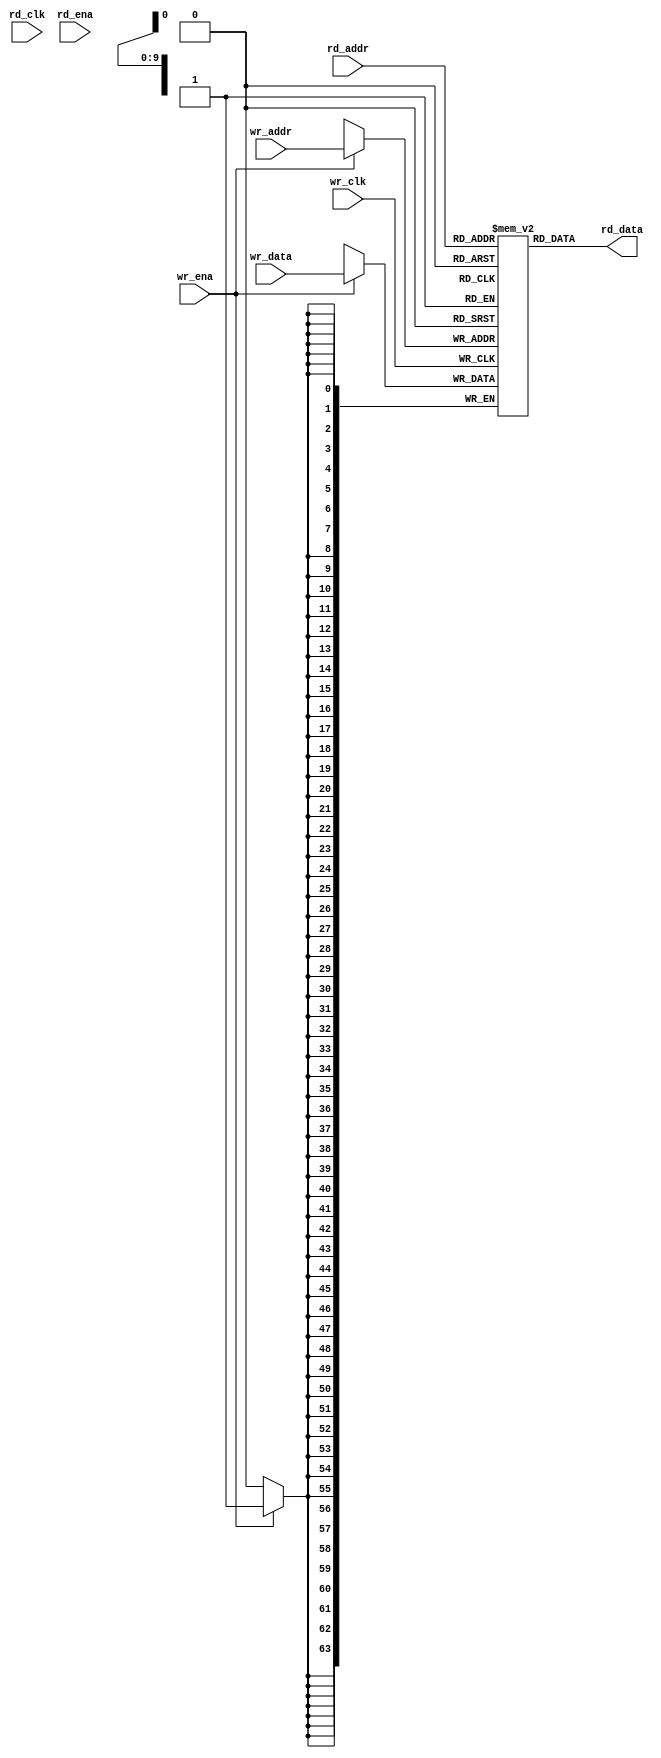
`timescale 1ps/1ps
//`define VENDORRAM
module ram
  #(
    parameter addr_width = 10,
    parameter data_width = 64
    )
   (
    input 		    wr_clk,
    input 		    wr_ena,
    input [data_width-1:0]  wr_data,
    input [addr_width-1:0]  wr_addr,
    input [addr_width-1:0]  rd_addr,
    input 		    rd_clk,
    input 		    rd_ena,

    output [data_width-1:0] rd_data
    );
   localparam ram_depth = 2**addr_width;

`ifdef VENDORRAM

          RAMB36E1 #(
          // Address Collision Mode: "PERFORMANCE" or "DELAYED_WRITE"
          .RDADDR_COLLISION_HWCONFIG("DELAYED_WRITE"),
          // Collision check: Values ("ALL", "WARNING_ONLY", "GENERATE_X_ONLY" or "NONE")
          .SIM_COLLISION_CHECK("ALL"),
          // DOA_REG, DOB_REG: Optional output register (0 or 1)
          .DOA_REG(0),
          .DOB_REG(0),
          .EN_ECC_READ("FALSE"),                                                            // Enable ECC decoder,
                                                                                            // FALSE, TRUE
          .EN_ECC_WRITE("FALSE"),                                                           // Enable ECC encoder,
                                                                                            // FALSE, TRUE
          // INIT_A, INIT_B: Initial values on output ports
          .INIT_A(36'h0),
          .INIT_B(36'h0),
          // Initialization File: RAM initialization file
          .INIT_FILE("NONE"),
          // RAM Mode: "SDP" or "TDP"
          .RAM_MODE("SDP"),
          // RAM_EXTENSION_A, RAM_EXTENSION_B: Selects cascade mode ("UPPER", "LOWER", or "NONE")
          .RAM_EXTENSION_A("NONE"),
          .RAM_EXTENSION_B("NONE"),
          // READ_WIDTH_A/B, WRITE_WIDTH_A/B: Read/write width per port
          .READ_WIDTH_A(72),                                                                 // 0-72
          .READ_WIDTH_B(36),                                                                 // 0-36
          .WRITE_WIDTH_A(36),                                                                // 0-36
          .WRITE_WIDTH_B(72),                                                                // 0-72
          // RSTREG_PRIORITY_A, RSTREG_PRIORITY_B: Reset or enable priority ("RSTREG" or "REGCE")
          .RSTREG_PRIORITY_A("RSTREG"),
          .RSTREG_PRIORITY_B("RSTREG"),
          // SRVAL_A, SRVAL_B: Set/reset value for output
          .SRVAL_A(36'h000000000),
          .SRVAL_B(36'h000000000),
          // Simulation Device: Must be set to "7SERIES" for simulation behavior
          .SIM_DEVICE("7SERIES"),
          // WriteMode: Value on output upon a write ("WRITE_FIRST", "READ_FIRST", or "NO_CHANGE")
          .WRITE_MODE_A("WRITE_FIRST"),
          .WRITE_MODE_B("WRITE_FIRST")
       )
       RAMB36E1_inst (
          // Cascade Signals: 1-bit (each) output: BRAM cascade ports (to create 64kx1)
          .CASCADEOUTA(),     // 1-bit output: A port cascade
          .CASCADEOUTB(),     // 1-bit output: B port cascade
          // ECC Signals: 1-bit (each) output: Error Correction Circuitry ports
          .DBITERR(),             // 1-bit output: Double bit error status
          .ECCPARITY(),         // 8-bit output: Generated error correction parity
          .RDADDRECC(),         // 9-bit output: ECC read address
          .SBITERR(),             // 1-bit output: Single bit error status
          // Port A Data: 32-bit (each) output: Port A data
          .DOADO(rd_data[31:0]),                 // 32-bit output: A port data/LSB data
          .DOPADOP(),             // 4-bit output: A port parity/LSB parity
          // Port B Data: 32-bit (each) output: Port B data
          .DOBDO(rd_data[63:32]),                 // 32-bit output: B port data/MSB data
          .DOPBDOP(),             // 4-bit output: B port parity/MSB parity
          // Cascade Signals: 1-bit (each) input: BRAM cascade ports (to create 64kx1)
          .CASCADEINA(),       // 1-bit input: A port cascade
          .CASCADEINB(),       // 1-bit input: B port cascade
          // ECC Signals: 1-bit (each) input: Error Correction Circuitry ports
          .INJECTDBITERR(), // 1-bit input: Inject a double bit error
          .INJECTSBITERR(), // 1-bit input: Inject a single bit error
          // Port A Address/Control Signals: 16-bit (each) input: Port A address and control signals (read port
          // when RAM_MODE="SDP")
          .ADDRARDADDR(rd_addr),     // 16-bit input: A port address/Read address
          .CLKARDCLK(rd_clk),         // 1-bit input: A port clock/Read clock
          .ENARDEN(rd_ena),             // 1-bit input: A port enable/Read enable
          .REGCEAREGCE(1'b0),     // 1-bit input: A port register enable/Register enable
          .RSTRAMARSTRAM(1'b0), // 1-bit input: A port set/reset
          .RSTREGARSTREG(1'b0), // 1-bit input: A port register set/reset
          .WEA(1'b0),                     // 4-bit input: A port write enable
          // Port A Data: 32-bit (each) input: Port A data
          .DIADI(wr_data[31:0]),                 // 32-bit input: A port data/LSB data
          .DIPADIP(),             // 4-bit input: A port parity/LSB parity
          // Port B Address/Control Signals: 16-bit (each) input: Port B address and control signals (write port
          // when RAM_MODE="SDP")
          .ADDRBWRADDR(wr_addr),     // 16-bit input: B port address/Write address
          .CLKBWRCLK(wr_clk),         // 1-bit input: B port clock/Write clock
          .ENBWREN(wr_ena),             // 1-bit input: B port enable/Write enable
          .REGCEB(1'b0),               // 1-bit input: B port register enable
          .RSTRAMB(1'b0),             // 1-bit input: B port set/reset
          .RSTREGB(1'b0),             // 1-bit input: B port register set/reset
          .WEBWE(8'hff),                 // 8-bit input: B port write enable/Write enable
          // Port B Data: 32-bit (each) input: Port B data
          .DIBDI(wr_data[63:32]),                 // 32-bit input: B port data/MSB data
          .DIPBDIP()              // 4-bit input: B port parity/MSB parity
       );

`else
   reg [data_width-1:0] 	ram [0:ram_depth-1];
   always @(posedge wr_clk) begin
      if (wr_ena) ram[wr_addr] <= wr_data;
   end

   assign rd_data = ram[rd_addr];

`endif

   
endmodule // ram